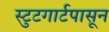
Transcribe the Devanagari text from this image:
स्टुटगार्टपासून